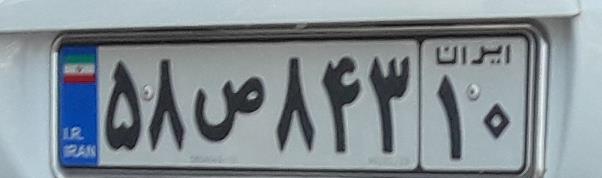
۵۸ص۸۴۳۱۰